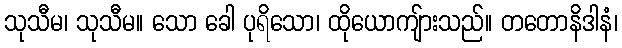
သုသီမ၊ သုသီမ။ သော ခေါ ပုရိသော၊ ထိုယောကျ်ားသည်။ တတောနိဒါနံ၊